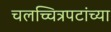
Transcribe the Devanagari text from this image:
चलच्चित्रपटांच्या